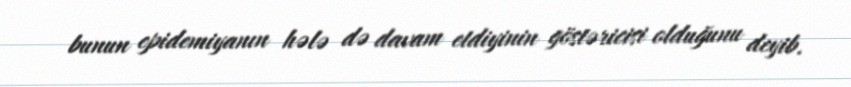
bunun epidemiyanın hələ də davam etdiyinin göstəricisi olduğunu deyib.